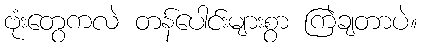
ဗုံးတွေကလဲ တန်ပေါင်းများစွာ ကြဲချတာပဲ။